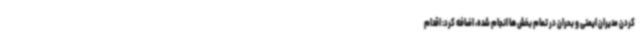
کردن مدیران ایمنی و بحران در تمام بخش ها انجام شده، اضافه کرد: اقدام